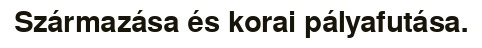
Származása és korai pályafutása.